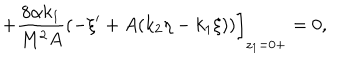
LaTeX: + \frac { 8 \alpha k _ { 1 } } { M ^ { 2 } A } ( - \xi ^ { \prime } + A ( k _ { 2 } \eta - k _ { 1 } \xi ) ) \bigg ] _ { z _ { 1 } = 0 + } = 0 ,